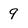
Character: 9